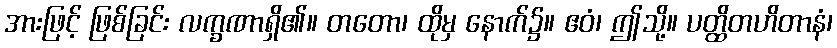
အားဖြင့် ဖြစ်ခြင်း လက္ခဏာရှိ၏။ တတော၊ ထိုမှ နောက်၌။ ဧဝံ၊ ဤသို့။ ပတ္ထိတဟိတာနံ၊